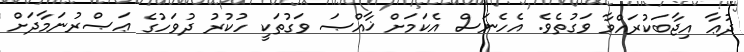
ދުޢާ އިޖާބަކުރައްވާ ވަގުތެވެ. އެހެނަސް އެކަމަށް ޚާއްޞަ ވަގުތަކީ ހުކުރު ދުވަހުގެ ޢަޞްރުނަމާދަށް